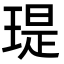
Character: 瑅